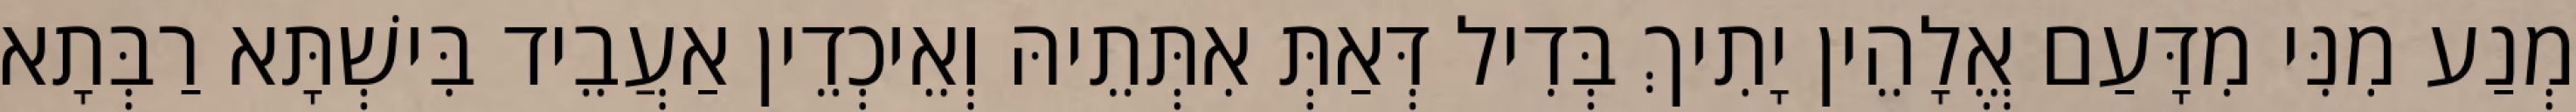
מְנַע מִנִּי מִדָּעַם אֱלָהֵין יָתִיךְ בְּדִיל דְּאַתְּ אִתְּתֵיהּ וְאֵיכְדֵין אַעֲבֵיד בִּישְׁתָּא רַבְּתָא